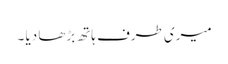
میری طرف ہاتھ بڑھا دیا ۔